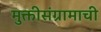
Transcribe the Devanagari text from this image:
मुक्तीसंग्रामाची